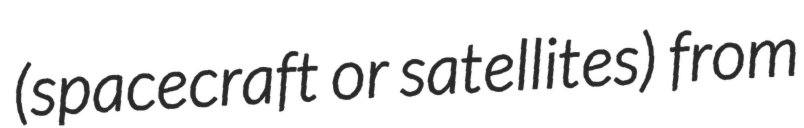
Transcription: (spacecraft or satellites) from